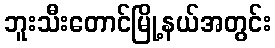
ဘူးသီးတောင်မြို့နယ်အတွင်း